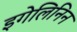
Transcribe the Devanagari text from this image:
इगेलिनिन